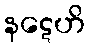
နဋေဟိ